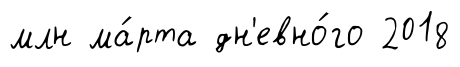
млн ма́рта дн'евно́го 2018